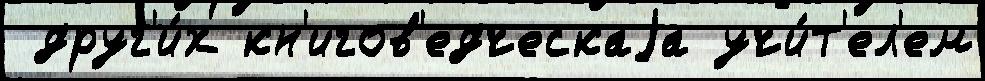
 друг'и́х кн'игов'едческаjа учи́т'ел'ем